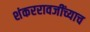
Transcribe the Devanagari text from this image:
शंकररावजींच्याच